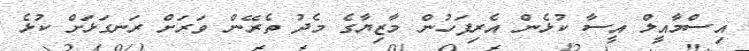
އިސްމާއީލް އީސާ ކުޅެން އެރިފަހުން މާޒިޔާގެ މެދު ތެރޭން ވަރަށް ރަނގަޅަށް ކުޅެ